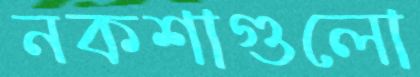
নকশাগুলো